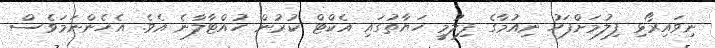
ނިވައިރޯޅި ފިލުމަށްފަހު ނިއުމާގެ ފިލުމީ ހަޔާތުގައި އެކްޓް ކުރުން ހުއްޓާލާނެ އެވެ. އެހެންނަމަވެސް